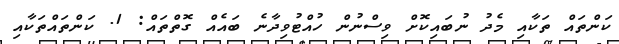
ކަންތައް ތަކާއި މެދު ނުބައިކޮށް ވިސްނުން ހުއްޓުވިދާނެ ބައެއް ގޮތްތައް: 1. ކަންތައްތަކާއި